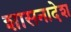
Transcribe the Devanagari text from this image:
शासनादेश